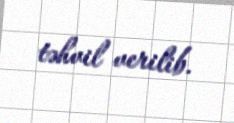
təhvil verilib.